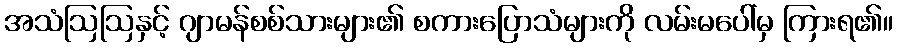
အသံဩဩနှင့် ဂျာမန်စစ်သားများ၏ စကားပြောသံများကို လမ်းမပေါ်မှ ကြားရ၏။